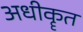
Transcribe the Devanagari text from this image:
अधीकॄत